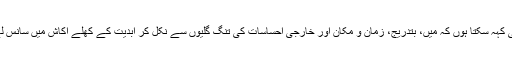
میں بس یہی کہہ سکتا ہوں کہ میں، بتدریج، زمان و مکان اور خارجی احساسات کی تنگ گلیوں سے نکل کر ابدیت کے کھلے آکاش میں سانس لے رہا ہوں۔